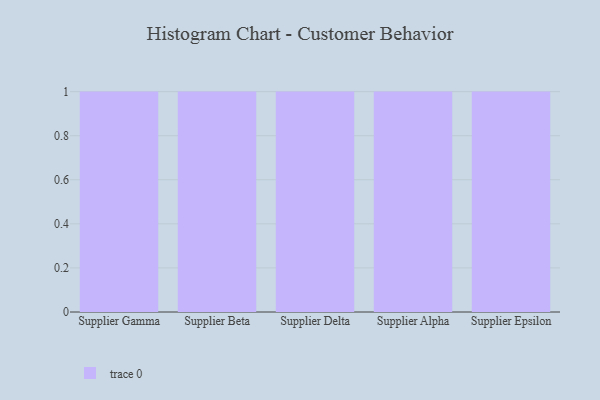
{"axis": {"x": "Supplier", "y": "Revenue (USD Million)"}, "legend": [""], "data": [{"x": "Supplier Gamma", "y": 69, "type": ""}, {"x": "Supplier Beta", "y": 91, "type": ""}, {"x": "Supplier Delta", "y": 22, "type": ""}, {"x": "Supplier Alpha", "y": 39, "type": ""}, {"x": "Supplier Epsilon", "y": 58, "type": ""}]}